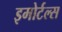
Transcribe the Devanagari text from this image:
इमोर्टल्स